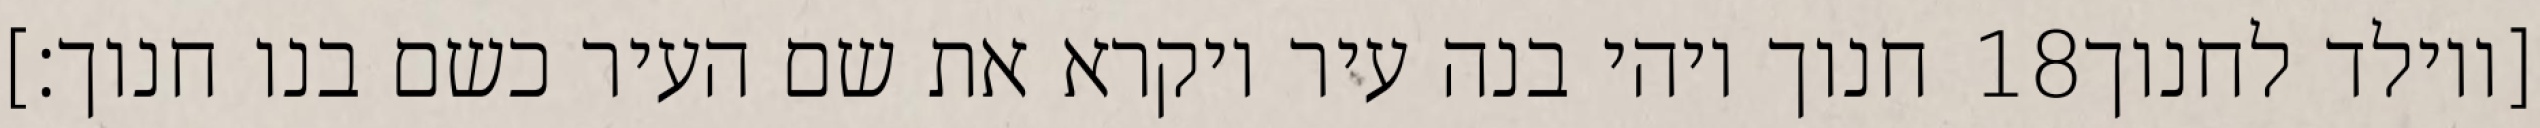
חנוך ויהי בנה עיר ויקרא את שם העיר כשם בנו חנוך׃] ‎18‏ [ויולד לחנוך